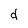
Character: d